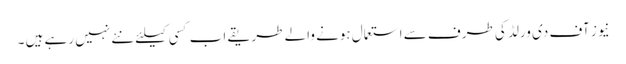
نیوز آف دی ورلڈ کی طرف سے استعمال ہونے والے طریقے اب کسی کیلئے نئے نہیں رہے ہیں ۔